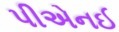
પીએનઈ